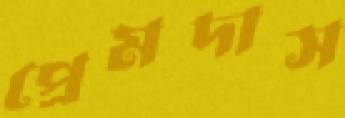
প্রেমদাস